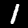
Label: 1